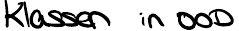
Klassen in OOD